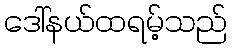
ဒေါ်နယ်ထရမ့်သည်